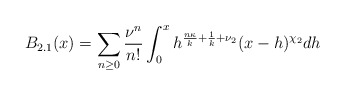
\begin{align*}B_{2.1}(x) = \sum_{n \geq 0} \frac{\nu^{n}}{n!} \int_{0}^{x} h^{\frac{n \kappa}{k} + \frac{1}{k}+\nu_{2}} (x-h)^{\chi_{2}} dh\end{align*}